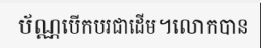
ប័ណ្ណបើកបរជាដើម។លោកបាន